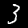
Label: 3